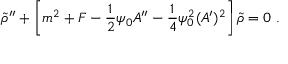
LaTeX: { \widetilde \rho } ^ { \prime \prime } + \left[ m ^ { 2 } + F - { \frac { 1 } { 2 } } \psi _ { 0 } A ^ { \prime \prime } - { \frac { 1 } { 4 } } \psi _ { 0 } ^ { 2 } ( A ^ { \prime } ) ^ { 2 } \right] { \widetilde \rho } = 0 ~ .